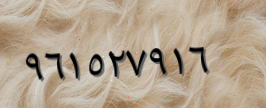
٩٦١٥٢٧٩١٦